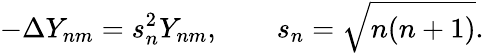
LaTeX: -\Delta Y_{nm}=s_{n}^{2}{Y_{nm}},\qquad s_{n}=\sqrt{n(n+1)}.